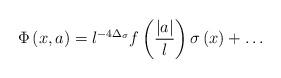
LaTeX: \begin{align*}\Phi\left( x,a \right)=l^{-4\Delta_{\sigma}}f\left( {|a| \over l}\right)\sigma\left( x \right)+\ldots\end{align*}